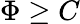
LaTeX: \Phi\ge C